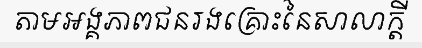
តាមអង្គភាពជនរងគ្រោះនៃសាលាក្តី